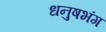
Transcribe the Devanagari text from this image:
धनुषभंग